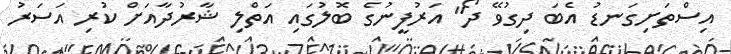
އިސްތަށިގަނޑު އެބަ ދިގުވޭ ދޯ" އަރުފީނުގެ ބޮލުގައި އަތްލި ޝާރުދާއަށް ކުރި އަސަރު